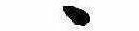
ゝ